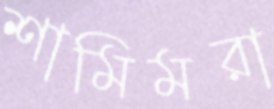
শামিমরা